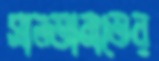
সালতানাতের